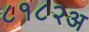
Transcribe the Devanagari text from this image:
८१८२अ